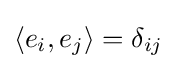
\langle e_{i},e_{j}\rangle =\delta _{ij}